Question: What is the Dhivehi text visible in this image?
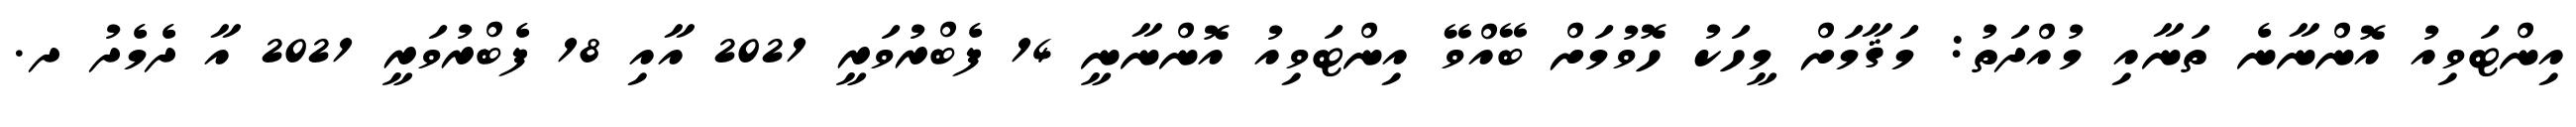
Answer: އިންޓަވިއު އޮންނާނެ ތަނާއި މުއްދަތު: މަޤާމަށް މީހަކު ހޮވުމަށް ބޭއްވޭ އިންޓަވިއު އޮންނާނީ 14 ފެބްރުވަރީ 2021 އާއި 18 ފެބްރުވަރީ 2021 އާ ދެމެދު ދ.